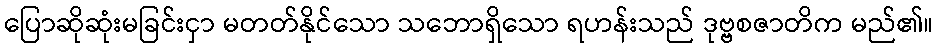
ပြောဆိုဆုံးမခြင်းငှာ မတတ်နိုင်သော သဘောရှိသော ရဟန်းသည် ဒုဗ္ဗစဇာတိက မည်၏။